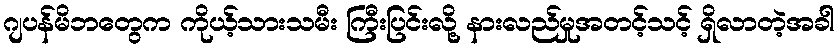
ဂျပန်မိဘတွေက ကိုယ့်သားသမီး ကြီးပြင်းလို့ နားလည်မှုအတင့်သင့် ရှိလာတဲ့အခါ